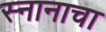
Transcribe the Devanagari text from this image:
स्नानाचा